Veterinary regulations India, 1935 -
Year: 1935
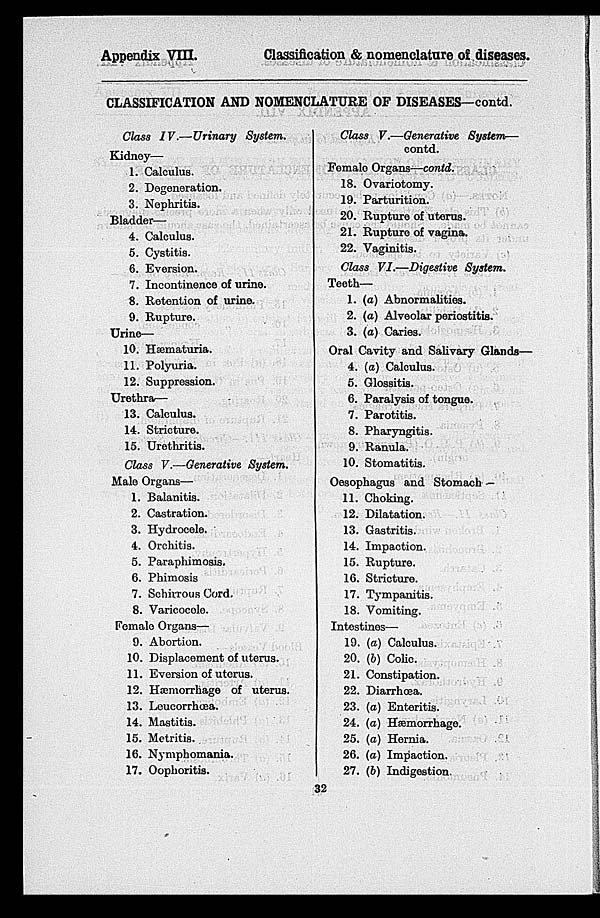
Appendix VIII.
Classification & nomenclature of diseases.
CLASSIFICATION AND NOMENCLATURE OF DISEASES—contd.
Class IV.—Urinary System.
Kidney—
1.
2.
3.
Calculus.
Degeneration.
Nephritis.
Bladder—
4.
5.
6.
7.
8.
9.
Calculus.
Cystitis.
Eversion.
Incontinence of urine.
Retention of urine.
Rupture.
Urine—
10.
11.
12.
Hæmaturia.
Polyuria.
Suppression.
Urethra—
13.
14.
15.
Calculus.
Stricture.
Urethritis.
Class V.—Generative System.
Male Organs—
1.
2.
3.
4.
5.
6.
7.
8.
Balanitis.
Castration.
Hydrocele.
Orchitis.
Paraphimosis.
Phimosis
Sehirrous Cord.
Varicocele.
Female Organs—
9.
10,
11.
12.
13.
14.
15.
16.
17.
Abortion.
Displacement of uterus.
Eversion of uterus.
Hæmorrhage of uterus.
Leueorrhœa.
Mastitis.
Metritis.
Nymphomania.
Oophoritis.
Class V.—Generative System—
contd.
Female Organs—contd.
18.
19.
20.
21.
22.
Ovariotomy.
Parturition.
Rupture of uterus.
Rupture of vagina.
Vaginitis.
Class VI.—Digestive System.
Teeth—
1.
2.
3.
(a) Abnormalities.
(a) Alveolar periostitis.
(a) Caries.
Oral Cavity and Salivary Glands—
4.
5.
6.
7.
8.
9.
10.
(a) Calculus.
Glossitis.
Paralysis of tongue.
Parotitis.
Pharyngitis.
Ranula.
Stomatitis.
Oesophagus and Stomach —
11.
12.
13.
14.
15.
16.
17.
18.
Choking.
Dilatation.
Gastritis.
Impaction.
Rupture.
Stricture.
Tympanitis.
Vomiting.
Intestines—
19.
20.
21.
22.
23.
24.
25.
26.
27.
(a) Calculus.
(b) Colic.
Constipation.
Diarrhœa.
(a) Enteritis.
(a) Hæmorrhage.
(a) Hernia.
(a) Impaction.
(b) Indigestion.
32